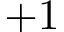
+ 1